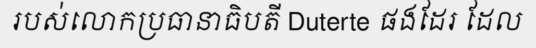
របស់លោកប្រធានាធិបតី Duterte ផងដែរ ដែល